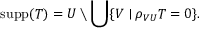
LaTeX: \operatorname { s u p p } ( T ) = U \setminus \bigcup \{ V \mid \rho _ { V U } T = 0 \} .